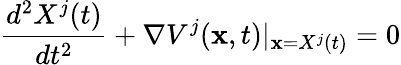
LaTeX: \frac{d^{2}X^{j}(t)}{dt^{2}}+\nabla V^{j}(\textbf{x},t)\vert_{\textbf{x}=X^{j}(t)}=0